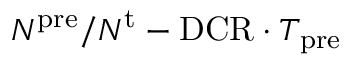
N ^ { \mathrm { p r e } } / N ^ { \mathrm { t } } - \mathrm { D C R } \cdot T _ { \mathrm { p r e } }